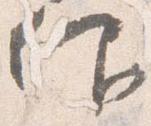
仰